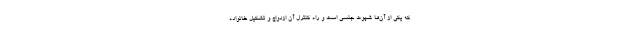
که یکی از آن‌ها شهوت جنسی است و راه کنترل آن ازدواج و تشکیل خانواده